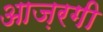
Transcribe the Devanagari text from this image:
आज़रगी